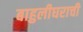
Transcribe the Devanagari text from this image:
बाहुलीघराची